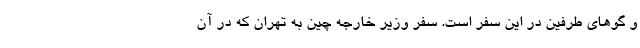
و گوهای طرفین در این سفر است. سفر وزیر خارجه چین به تهران که در آن